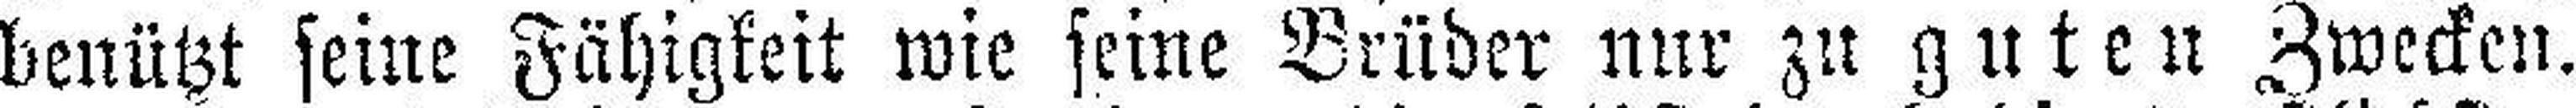
benützt seine Fähigkeit wie seine Brüder nur zu guten Zwecken.